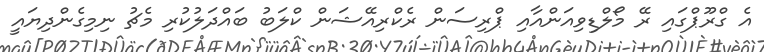
އެ ގްރޫޕްގައި ރޭ މޯލްޑިވިއަންއާއި ޕްރިސަން ރެކްރިއޭޝަން ކްލަބު ބައްދަލުކުރި މެޗު ނިމިގެންދިޔައީ